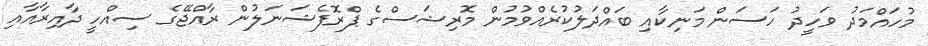
މުހައްމަދު ވަހީދު ހަސަން މަނިކާއި ބައްދަލުކުރެއްވުމުން މޮރިޝަސްގެ ޕްރޮފެޝަނަލުން ރާއްޖޭގެ ސިއްހީ ދާއިރާއާއި